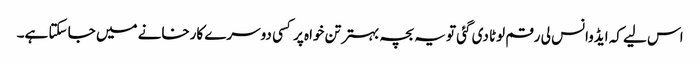
اس لیے کہ ایڈوانس لی رقم لوٹا دی گئی تو یہ بچہ بہتر تن خواہ پر کسی دوسرے کارخانے میں جا سکتا ہے۔